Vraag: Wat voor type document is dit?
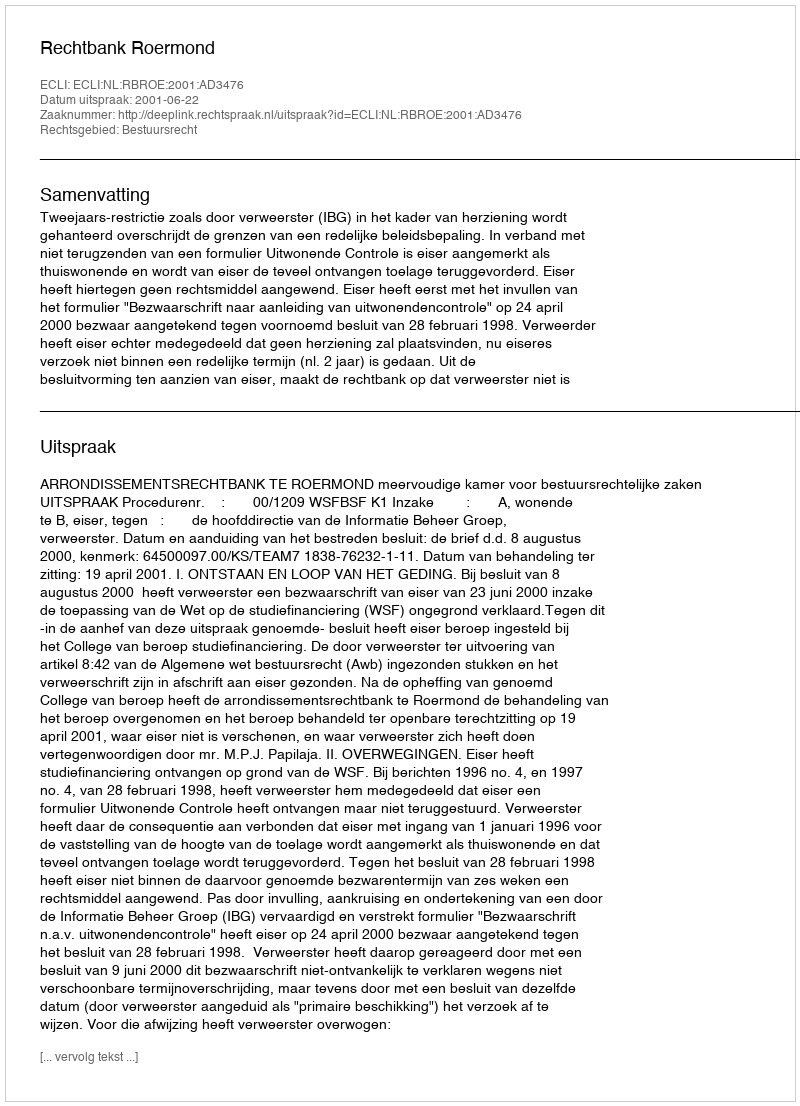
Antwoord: Uitspraak